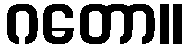
ဂတော။